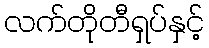
လက်တိုတီရှပ်နှင့်